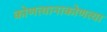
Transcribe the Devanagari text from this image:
कोणत्यानाकोणत्या